Triennial report on the lunatic asylums in the province of Eastern Bengal and Assam - 1903-1911
Year: 1903
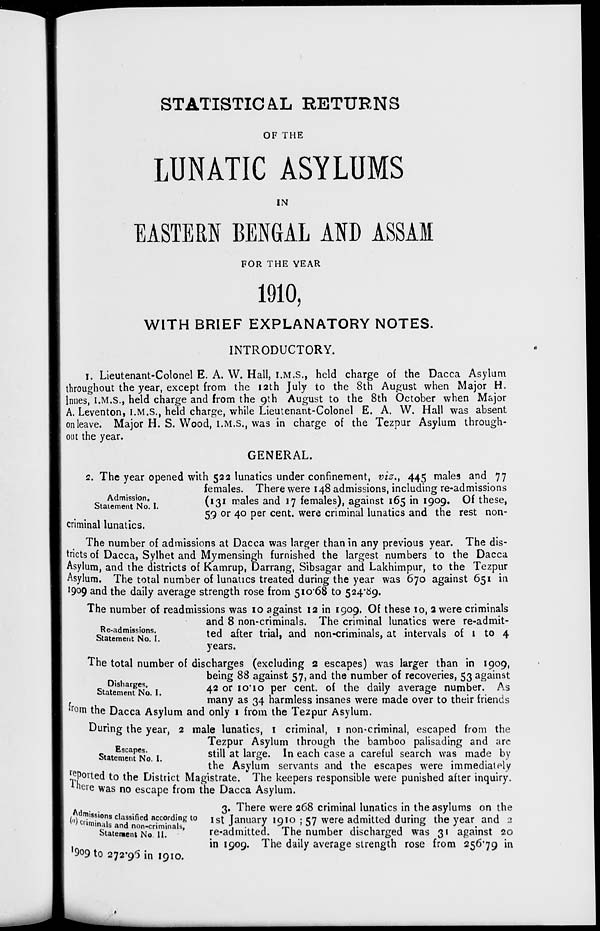
STATISTICAL RETURNS
OF THE
LUNATIC ASYLUMS
IN
EASTERN BENGAL AND ASSAM
FOR THE YEAR
1910,
WITH BRIEF EXPLANATORY NOTES.
INTRODUCTORY.
1. Lieutenant-Colonel E. A. W. Hall, I.M.S., held charge of the Dacca Asylum
throughout the year, except from the 12th July to the 8th August when Major H.
lnnes, I.M.S., held charge and from the 9th August to the 8th October when Major
A. Leventon, I.M.S., held charge, while Lieutenant-Colonel E. A. W. Hall was absent
on leave. Major H. S. Wood, I.M.S., was in charge of the Tezpur Asylum through-
out the year.
GENERAL.
Admission.
Statement No. I.
2. The year opened with 522 lunatics under confinement, viz., 445 males and 77
females. There were 148 admissions, including re-admissions
(131 males and 17 females), against 165 in 1909. Of these,
59 or 40 per cent. were criminal lunatics and the rest non-
criminal lunatics.
The number of admissions at Dacca was larger than in any previous year. The dis-
tricts of Dacca, Sylhet and Mymensingh furnished the largest numbers to the Dacca
Asylum, and the districts of Kamrup, Darrang, Sibsagar and Lakhimpur, to the Tezpur
Asylum. The total number of lunatics treated during the year was 670 against 651 in
1909 and the daily average strength rose from 510.68 to 524.89.
Re-admissions.
Statement No. I.
The number of readmissions was 10 against 12 in 1909. Of these 10, 2 were criminals
and 8 non-criminals. The criminal lunatics were re-admit-
ted after trial, and non-criminals, at intervals of 1 to 4
years.
Disharges.
Statement No. I.
The total number of discharges (excluding 2 escapes) was larger than in 1909,
being 88 against 57, and the number of recoveries, 53 against
42 or 10.10 per cent. of the daily average number. As
many as 34 harmless insanes were made over to their friends
from the Dacca Asylum and only 1 from the Tezpur Asylum.
Escapes.
Statement No. I.
During the year, 2 male lunatics, 1 criminal, 1 non-criminal, escaped from the
Tezpur Asylum through the bamboo palisading and are
still at large. In each case a careful search was made by
the Asylum servants and the escapes were immediately
reported to the District Magistrate. The keepers responsible were punished after inquiry.
There was no escape from the Dacca Asylum.
Admissions classified according to
(a) criminals and non-criminals,
Statement No II.
3. There were 268 criminal lunatics in the asylums on the
1st January 1910 ; 57 were admitted during the year and 2
re-admitted. The number discharged was 31 against 20
in 1909. The daily average strength rose from 256.79 in
1909 to 272.96 in 1910.